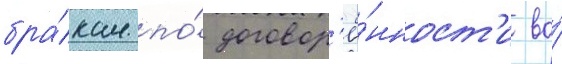
бра́кам по́ договор'ё́нност'и во́